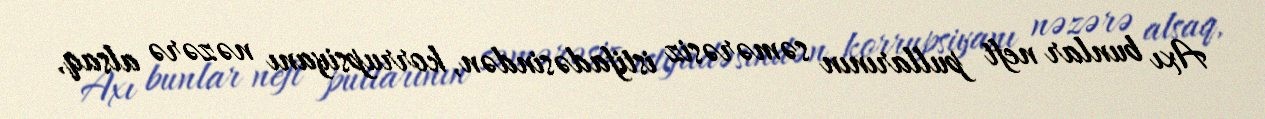
Axı bunlar neft pullarının səmərəsiz istifadəsindən, korrupsiyanı nəzərə alsaq,